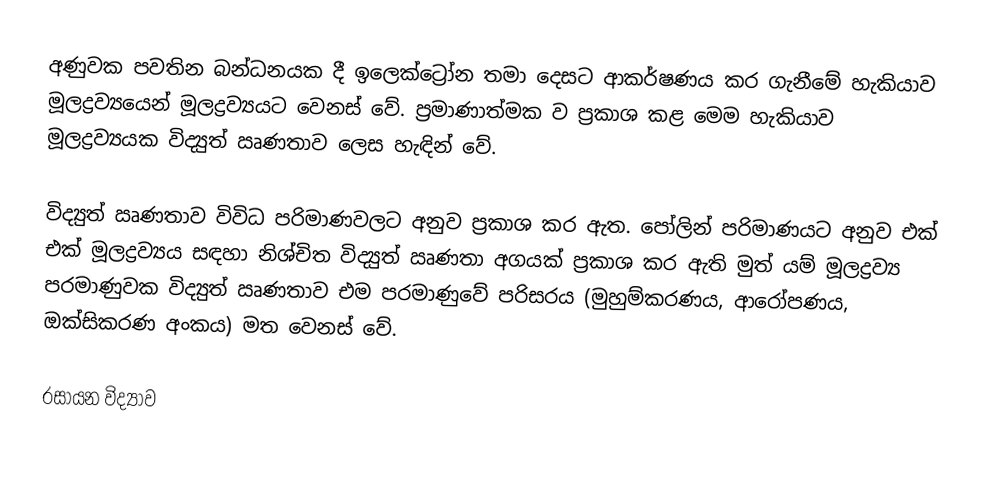
අණුවක පවතින බන්ධනයක දී ඉලෙක්ට්‍රෝන තමා දෙසට ආකර්ෂණය කර ගැනීමේ හැකියාව මූලද්‍රව්‍යයෙන් මූලද්‍රව්‍යයට වෙනස් වේ. ප්‍රමාණාත්මක ව ප්‍රකාශ කළ මෙම හැකියාව මූලද්‍රව්‍යයක විද්‍යුත් ඍණතාව ලෙස හැඳින් වේ.

විද්‍යුත් ඍණතාව විවිධ පරිමාණවලට අනුව ප්‍රකාශ කර ඇත. පෝලින් පරිමාණයට අනුව එක් එක් මූලද්‍රව්‍යය සඳහා නිශ්චිත විද්‍යුත් ඍණතා අගයක් ප්‍රකාශ කර ඇති මුත් යම් මූලද්‍රව්‍ය පරමාණුවක විද්‍යුත් ඍණතාව එම පරමාණුවේ පරිසරය (මුහුම්කරණය, ආරෝපණය, ඔක්සිකරණ අංකය) මත වෙනස් වේ.

රසායන විද්‍යාව